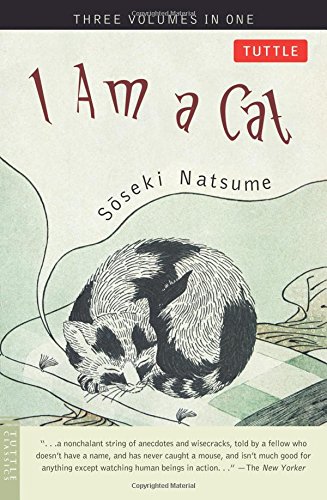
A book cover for I Am a Cat: Three Volumes in One; Soseki Natsume; Literature & Fiction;